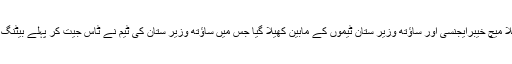
فاٹا ریجنل کرکٹ ایسوسی ایشن کے زیر اہتمام فرسٹ گورنر گولڈ کپ ٹی ٹوئنٹی کرکٹ ٹورنامنٹ کا پہلا میچ خیبرایجنسی اور ساؤتھ وزیر ستان ٹیموں کے مابین کھیلا گیا جس میں ساؤتھ وزیر ستان کی ٹیم نے ٹاس جیت کر پہلے بیٹنگ کرتے ہوئے مقرررہ اوورز میں 187 رنز بنائے جس میں نوید 72 رنز کے ساتھ نمایاں سکور رہے ۔